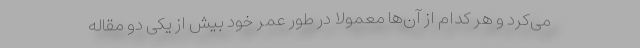
می‌کرد و هر کدام از آن‌ها معمولاً در طور عمر خود بیش از یکی دو مقاله